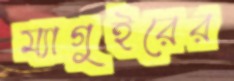
ম্যাগুইরের